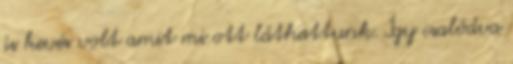
is kevés volt amit mi ott láthattunk. Így csalódva